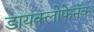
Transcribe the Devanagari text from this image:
डायक्लोफेनॅक